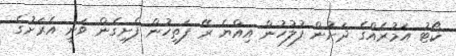
ކޯޓު އަމުރެއްގެ ދަށުން ފުލުހުން އިއްޔެ ރޭ ފަތިހުން ފެށިގެން ވަނީ އެރަށުގެ